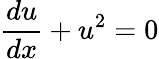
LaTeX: {\frac{du}{dx}}+u^{2}=0